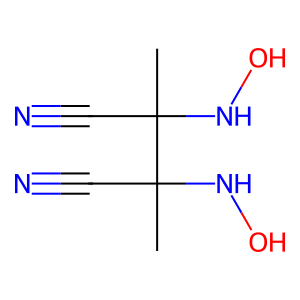
SMILES: CC(C#N)(NO)C(C)(C#N)NO
Inhibits HIV replication: No